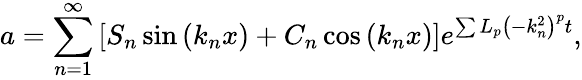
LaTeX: a=\sum_{n=1}^{\infty}\left[S_{n}\sin\left(k_{n}x\right)+C_{n}\cos\left(k_{n}x\right)\right]e^{\sum L_{p}\left(-k_{n}^{2}\right)^{p}t},